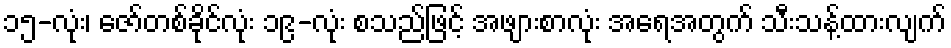
၁၅-လုံး၊ ဇော်တစ်ခိုင်လုံး ၁၉-လုံး စသည်ဖြင့် အဖျားစာလုံး အရေအတွက် သီးသန့်ထားလျက်